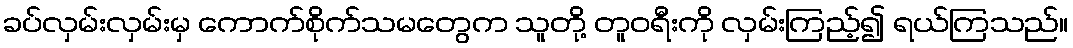
ခပ်လှမ်းလှမ်းမှ ကောက်စိုက်သမတွေက သူတို့ တူဝရီးကို လှမ်းကြည့်၍ ရယ်ကြသည်။